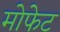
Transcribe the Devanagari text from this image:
मोफेट